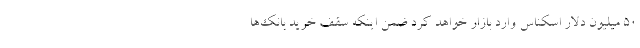
50 میلیون دلار اسکناس وارد بازار خواهد کرد ضمن اینکه سقف خرید بانک‌ها